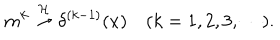
m ^ { k } \stackrel { { \cal H } } { \rightarrow } \delta ^ { ( k - 1 ) } ( x ) \quad ( k = 1 , 2 , 3 , \cdots ) .